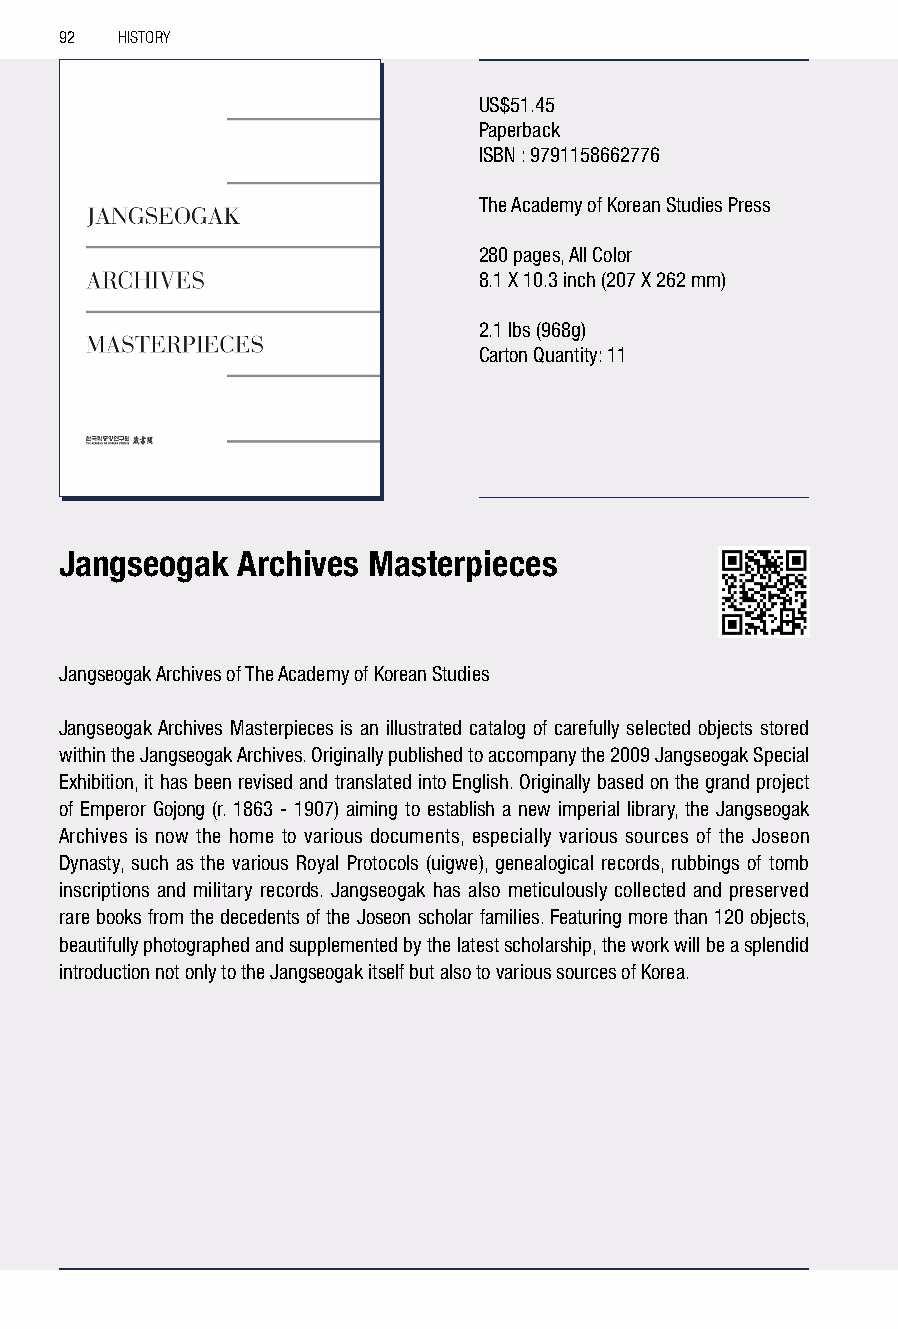
92  HISTORY
 US$51.45
 Paperback
 ISBN : 9791158662776
 The Academy of Korean Studies Press
 280 pages, All Color
 8.1 X 10.3 inch (207 X 262 mm)
 2.1 lbs (968g)
 Carton Quantity: 11
 Jangseogak  Archives Masterpieces
 Jangseogak Archives of The Academy of Korean Studies
 Jangseogak Archives Masterpieces is an illustrated catalog of carefully selected objects stored
 within the Jangseogak Archives. Originally published to accompany the 2009 Jangseogak Special
 Exhibition, it has been revised and translated into English. Originally based on the grand project
 of Emperor Gojong (r. 1863 - 1907) aiming to establish a new imperial library, the Jangseogak
 Archives is now the home to various documents, especially various sources of the Joseon
 Dynasty, such as the various Royal Protocols (uigwe), genealogical records, rubbings of tomb
 inscriptions and military records. Jangseogak has also meticulously collected and preserved
 rare books from the decedents of the Joseon scholar families. Featuring more than 120 objects,
 beautifully photographed and supplemented by the latest scholarship, the work will be a splendid
 introduction not only to the Jangseogak itself but also to various sources of Korea.